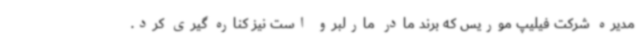
مدیره شرکت فیلیپ موریس که برند مادر مارلبرو است نیز کناره گیری کرد.